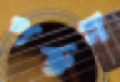
পরুন